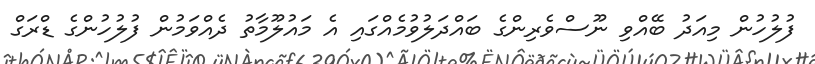
ފުލުހުން މިއަދު ބޭއްވި ނޫސްވެރިންގެ ބައްދަލުވުމެއްގައި އެ މައުލޫމާތު ދެއްވަމުން ފުލުހުންގެ ޑްރަގް